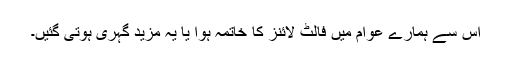
اس سے ہمارے عوام میں فالٹ لائنز کا خاتمہ ہوا یا یہ مزید گہری ہوتی گئیں۔